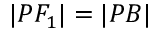
| P F _ { 1 } | = | P B |